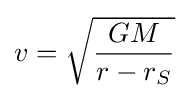
v={\sqrt {\frac {GM}{r-r_{S}}}}